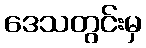
ဒေသတွင်းမှ